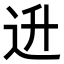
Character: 𬨠